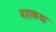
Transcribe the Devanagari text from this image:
महाकथा